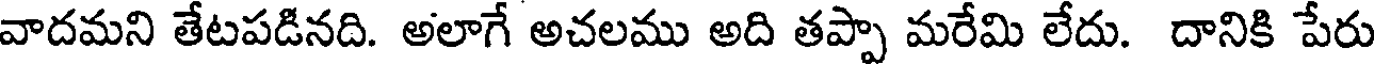
వాదమని తేటపడినది. అలాగే అచలము అది తప్పా మరేమి లేదు. దానికి పేరు